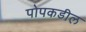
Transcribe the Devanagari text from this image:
पोपकडील